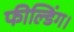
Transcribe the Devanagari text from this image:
फील्डिंग।